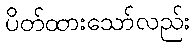
ပိတ်ထားသော်လည်း